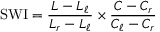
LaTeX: { \mathrm { S W I } } = { \frac { L - L _ { \ell } } { L _ { r } - L _ { \ell } } } \times { \frac { C - C _ { r } } { C _ { \ell } - C _ { r } } }